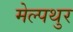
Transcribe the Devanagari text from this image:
मेल्पथुर